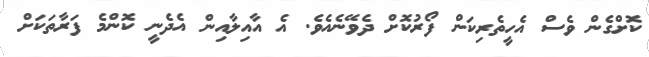
ކޮށްގެން ވެސް އެހީތެރިކަން ފޯރުކޮށް ދެވޭނެއެވެ. އެ އާއިލާއިން އެދެނީ ކޮންމެ ފަރާތަކަށް